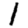
Digit: 1